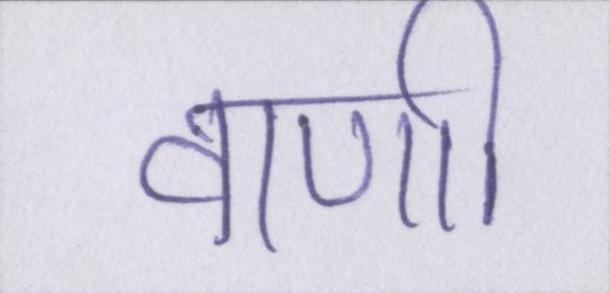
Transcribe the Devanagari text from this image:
वाणी